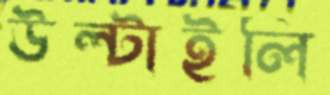
উল্‌টাইলি